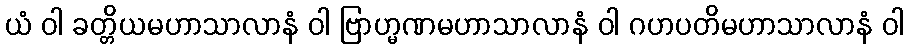
ယံ ဝါ ခတ္တိယမဟာသာလာနံ ဝါ ဗြာဟ္မဏမဟာသာလာနံ ဝါ ဂဟပတိမဟာသာလာနံ ဝါ